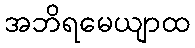
အဘိရမေယျာထ